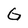
Character: G